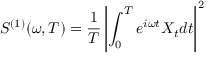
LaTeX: S ^ { ( 1 ) } ( \omega , T ) = { \frac { 1 } { T } } \left| \int _ { 0 } ^ { T } e ^ { i \omega t } X _ { t } d t \right| ^ { 2 }